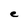
Character: e